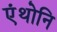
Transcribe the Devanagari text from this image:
एंथोनि